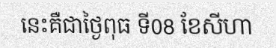
នេះគឺជាថ្ងៃពុធ ទី08 ខែសីហា